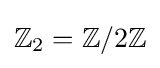
\mathbb {Z} _{2}=\mathbb {Z} /2\mathbb {Z}